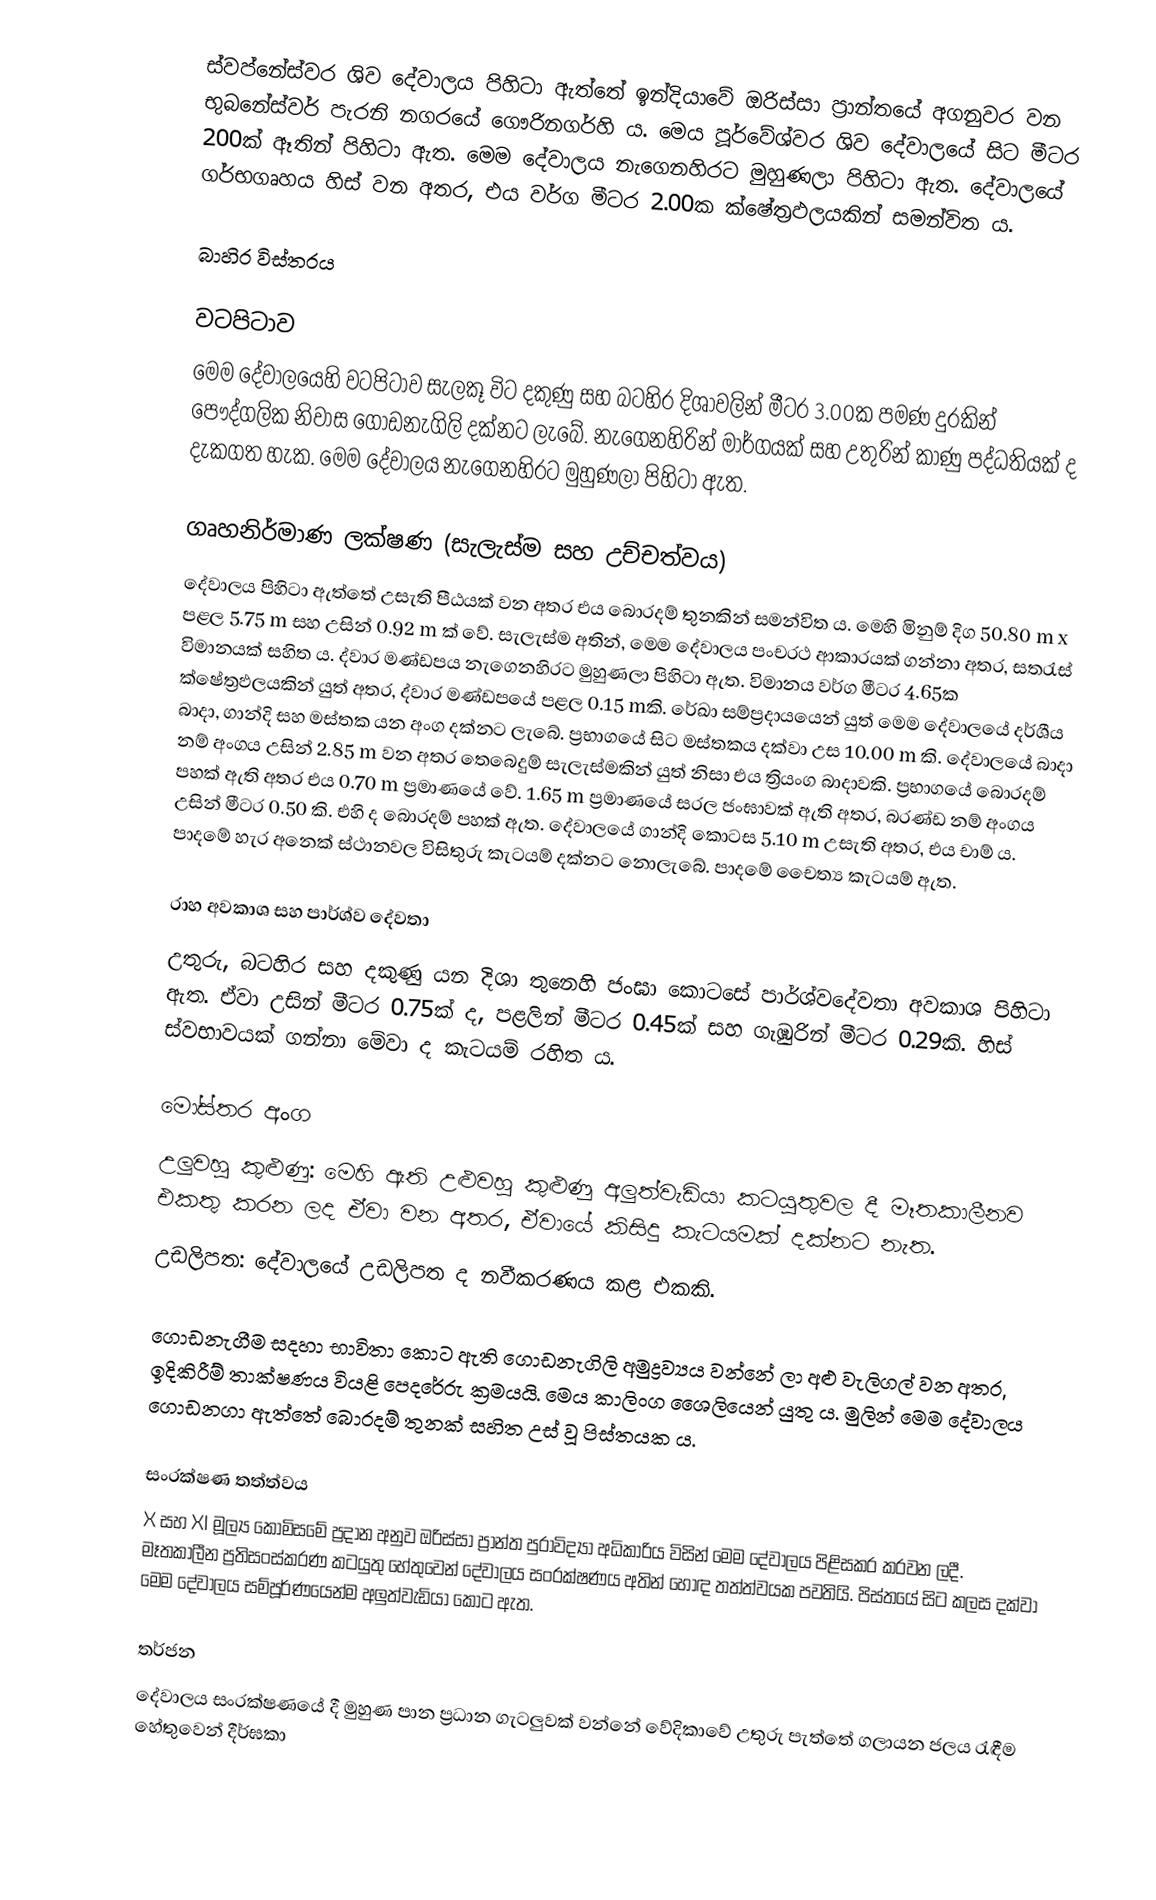
ස්වප්නේස්වර ශිව දේවාලය පිහිටා ඇත්තේ ඉන්දියාවේ ඔරිස්සා ප්‍රාන්තයේ අගනුවර වන භුබනේස්වර් පැරනි නගරයේ ගෞරිනගර්හි ය. මෙය පූර්වේශ්වර ශිව දේවාලයේ සිට මීටර 200ක් ඈතින් පිහිටා ඇත. මෙම දේවාලය නැගෙනහිරට මුහුණලා පිහිටා ඇත. දේවාලයේ ගර්භගෘහය හිස් වන අතර, එය වර්ග මීටර 2.00ක ක්ෂේත්‍රඵලයකින් සමන්විත ය.

බාහිර විස්තරය

වටපිටාව
මෙම දේවාලයෙහි වටපිටාව සැලකූ විට දකුණු සහ බටහිර දිශාවලින් මීටර 3.00ක පමණ දුරකින් පෞද්ගලික නිවාස ගොඩනැගිලි දක්නට ලැබේ. නැගෙනහිරින් මාර්ගයක් සහ උතුරින් කාණු පද්ධතියක් ද දැකගත හැක. මෙම දේවාලය නැගෙනහිරට මුහුණලා පිහිටා ඇත.

ගෘහනිර්මාණ ලක්ෂණ (සැලැස්ම සහ උච්චත්වය)
දේවාලය පිහිටා ඇත්තේ උසැති පීඨයක් වන අතර එය බොරදම් තුනකින් සමන්විත ය. මෙහි මිනුම් දිග 50.80 m x පළල 5.75 m සහ උසින් 0.92 m ක් වේ. සැලැස්ම අතින්, ‍මෙම දේවාලය පංචරථ ආකාරයක් ගන්නා අතර, සතරැස් විමානයක් සහිත ය. ද්වාර මණ්ඩපය නැගෙනහිරට මුහුණලා පිහිටා ඇත. විමානය වර්ග මීටර 4.65ක ක්ෂේත්‍රඵලයකින් යුත් අතර, ද්වාර මණ්ඩපයේ පළල 0.15 mකි. රේඛා සම්ප්‍රදායයෙන් යුත් මෙම දේවාලයේ දර්ශීය බාදා, ගාන්දි සහ මස්තක යන අංග දක්නට ලැ‍‍බේ. ප්‍රභාගයේ සිට මස්තකය දක්වා උස 10.00 m කි. දේවාලයේ බාදා නම් අංගය උසින් 2.85 m වන අතර තෙබෙදුම් සැලැස්මකින් යුත් නිසා එය ත්‍රියංග බාදාවකි. ප්‍රභාගයේ බොරදම් පහක් ඇති අතර එය 0.70 m ප්‍රමාණයේ වේ. 1.65 m ප්‍රමාණයේ සරල ජංඝාවක් ඇති අතර, බරණ්ඩ නම් අංගය උසින් මීටර 0.50 කි. එහි ද බොරදම් පහක් ඇත. දේවාලයේ ගාන්දි කොටස 5.10 m උසැති අතර, එය චාම් ය. පාදමේ හැර අනෙක් ස්ථානවල විසිතුරු කැටයම් දක්නට නොලැබේ. පාදමේ චෛත්‍ය කැටයම් ඇත.

රාහ අවකාශ සහ පාර්ශ්ව දේවතා
උතුරු, බටහිර සහ දකුණු යන දිශා තුනෙහි ජංඝා කොටසේ පාර්ශ්වදේවතා අවකාශ පිහිටා ඇත. ඒවා උසින් මීටර 0.75ක් ද, පළලින් මීටර 0.45ක් සහ ගැඹුරින් මීටර 0.29කි. හිස් ස්වභාවයක් ගන්නා මේවා ද කැටයම් රහිත ය.

මෝස්තර අංග
උලුවහු කුළුණු: මෙහි ඇති උළුවහු කුළුණු අලුත්වැඩියා කටයුතුවල දී මෑතකාලීනව එකතු කරන ලද ඒවා වන අතර, ඒවායේ කිසිදු කැටයමක් දක්නට නැත.
උඩලිපත: දේවාලයේ උඩලිපත ද නවීකරණය කළ එකකි.

ගොඩනැගීම සදහා භාවිතා කොට ඇති ගොඩනැගිලි අමුද්‍රව්‍යය වන්නේ ලා අළු වැලිගල් වන අතර, ඉදිකිරීම් තාක්ෂණය වියළි පෙදරේරු ක්‍රමයයි. මෙය කාලිංග ශෛලියෙන් යුතු ය. මුලින් මෙම දේවාලය ගොඩනගා ඇත්තේ බොරදම් තුනක් සහිත උස් වූ පිස්තයක ය.

සංරක්ෂණ තත්ත්වය
X සහ XI මූල්‍ය කොමිසමේ ප්‍රදාන අනුව ඔරිස්සා ප්‍රාන්ත පුරාවිද්‍යා අධිකාරිය විසින් මෙම දේවාලය පිළිසකර කරවන ලදී. මෑතකාලීන ප්‍රතිසංස්කරණ කටයුතු හේතුවෙන් දේවාලය සංරක්ෂණය අතින් හොඳ තත්ත්වයක පවතියි. පිස්තයේ සිට කලස දක්වා මෙම දේවාලය සම්පූර්ණයෙන්ම අලුත්වැඩියා කොට ඇත.

තර්ජන
දේවාලය සංරක්ෂණයේ දී මුහුණ පාන ප්‍රධාන ගැටලුවක් වන්නේ වේදිකාවේ උතුරු පැත්තේ ගලායන ජලය රැඳීම හේතුවෙන් දීර්ඝකා